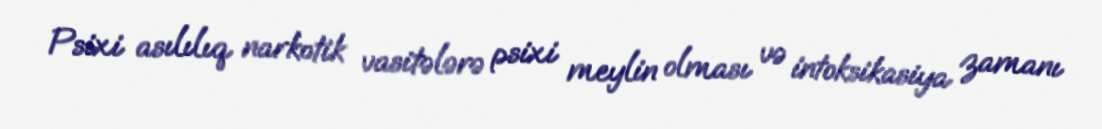
Psixi asılılıq narkotik vasitələrə psixi meylin olması və intoksikasiya zamanı